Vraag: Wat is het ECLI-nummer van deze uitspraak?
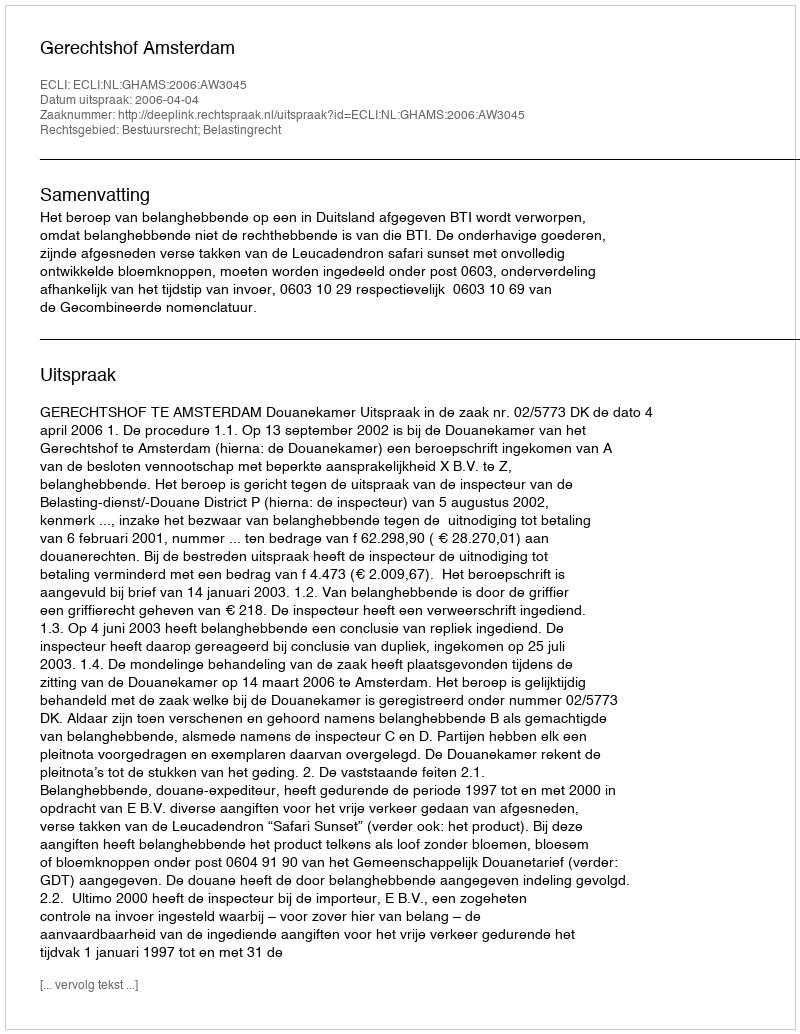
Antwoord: ECLI:NL:GHAMS:2006:AW3045